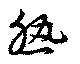
熟